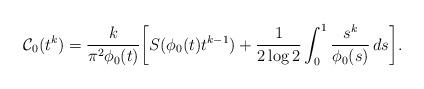
LaTeX: \begin{align*} \mathcal C_0 (t^k) = \frac k{\pi^2 \phi_0(t)} \bigg[ S ( \phi_0(t) t^{k-1} ) + \frac{1}{2 \log 2} \int_0^1 \frac{s^k }{ \phi_0(s) } \, ds \bigg].\end{align*}